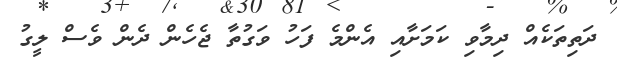
ދަތިތަކެއް ދިމާވި ކަމަށާއި އެންމެ ފަހު ވަގުތާ ޖެހެން ދެން ވެސް ލީގު